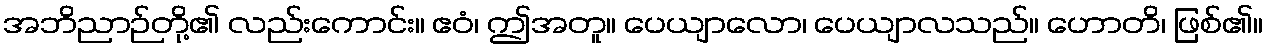
အဘိညာဉ်တို့၏ လည်းကောင်း။ ဧဝံ၊ ဤအတူ။ ပေယျာလော၊ ပေယျာလသည်။ ဟောတိ၊ ဖြစ်၏။